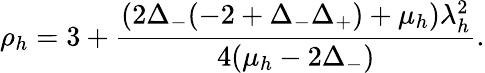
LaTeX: \rho_{h}=3+\frac{(2\Delta_{-}(-2+\Delta_{-}\Delta_{+})+\mu_{h})\lambda_{h}^{2}}{4(\mu_{h}-2\Delta_{-})}.